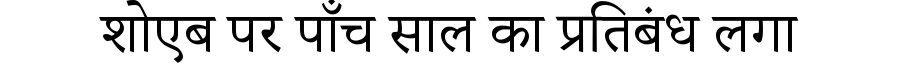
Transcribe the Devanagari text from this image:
शोएब पर पाँच साल का प्रतिबंध लगा